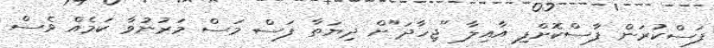
ފަސްކުރަން ފާސްކޮށްފި އާއިލާ "ޖިހާދަ"ށް ދިޔަތާ ފަސް މަސް މަރުނުވާ ކަމެއް ވެސް